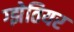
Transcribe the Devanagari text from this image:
ग्झेतियर